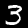
Digit: 3